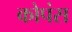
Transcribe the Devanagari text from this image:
कोपंस